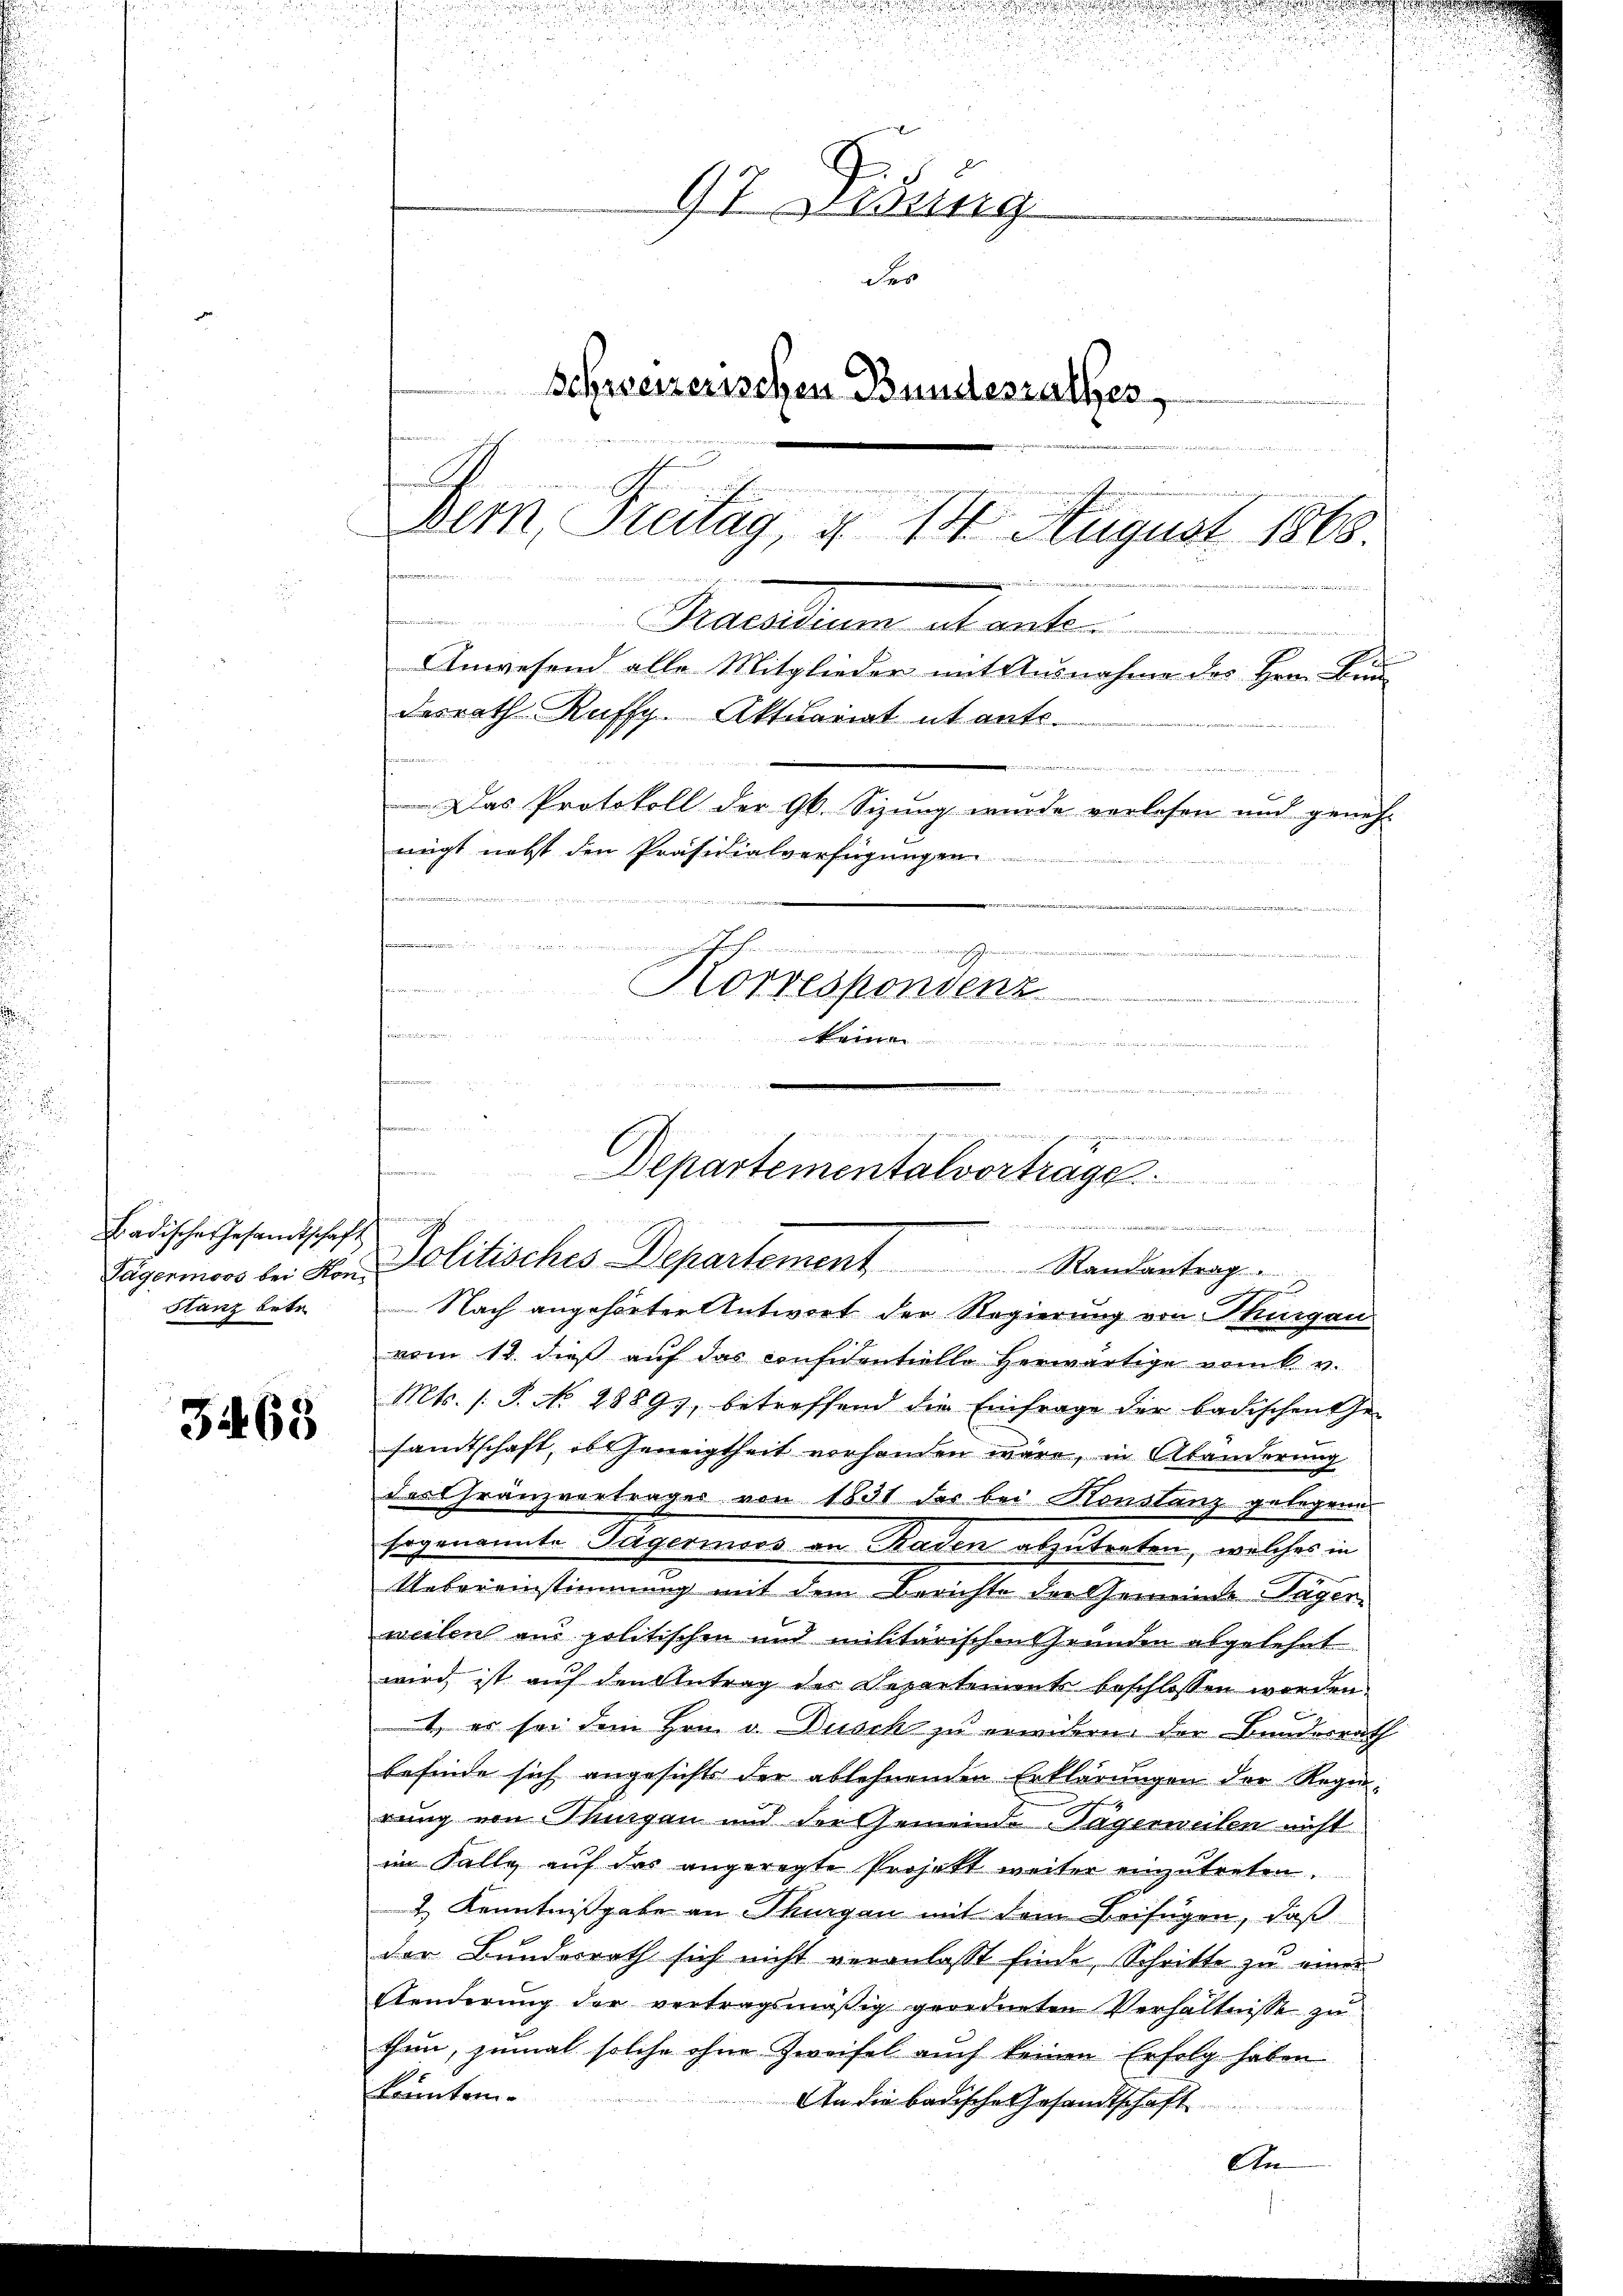
Badische Gesandtschaft
Stanz betr.

3465

u
97 gesung
der
Schweizerischen Bundesrathes,

Bern, Treitag, d. 14 August 1868.
Praesum Manten
Anwesend alle Mitglieder mit Ausnahme des Hrn. Bun
desrath Ruffg. Aktuariat it ente.

Das Protokoll der 96. Sizung wurde verlesen und geneh-
nügt nebst den Präsidialverfügungen
t
.
n
Korrespondenz

u
d  den
keine
.

vom 18. dieß auf das confidentielle herwärtige vom k. v.
Mts. (T. No. 1889, betreffend die Einfrage der badischen Ge-
sandtschaft, es Geneigtheit vorhanden wäre, in Abänderung
das Franzvertrages von 1831 des bei Honslanz gelegene
sogenannte Tagenmoos an Baden abzutreten, welches in
Uebereinstimmung mit dem Berichte der Gemeinde Tager
weilen aus politischen und militärischen Grunden abgelehnt
wird, ist auf den Antrag des Departements beschlossen worden.
1, es sei dem Hrn. v. Dusch zu erwidern der Bundesrath
befinde sich angesichts der ablehnenden Erklärungen der Regirung von Thurgau und der Gemeinde Tägerweilen nicht
im Falle auf das angeregte Projekt weiter einzutreten.
2 Kenntnißgabe an Thurgau mit dem Beifügen, daß
der Bundesrath sich nicht veranlasst finde, Schritte zu einer
Aenderung der vertragsmäßig geordneten Verhältnisse zu
then, zumal solche ohne Zweifel auch keinen Erfolg haben
konnten.
An die badische Gesandtschaft
An

win, wir in in ein werden

Departementalvorträge.
 sie in der auch die ich ein meine
Zagormoos bei von Politisches Departement Randantrag
Nach angehörten Antwort der Regierung von Thurgau